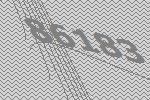
86183